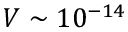
V \sim 1 0 ^ { - 1 4 }